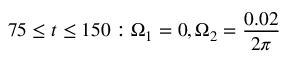
7 5 \leq t \leq 1 5 0 : \Omega _ { 1 } = 0 , \Omega _ { 2 } = \frac { 0 . 0 2 } { 2 \pi }